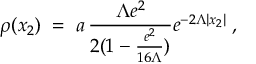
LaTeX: \rho ( x _ { 2 } ) \; = \; a \, \frac { \Lambda e ^ { 2 } } { 2 ( 1 - \frac { e ^ { 2 } } { 1 6 \Lambda } ) } e ^ { - 2 \Lambda | x _ { 2 } | } \; ,